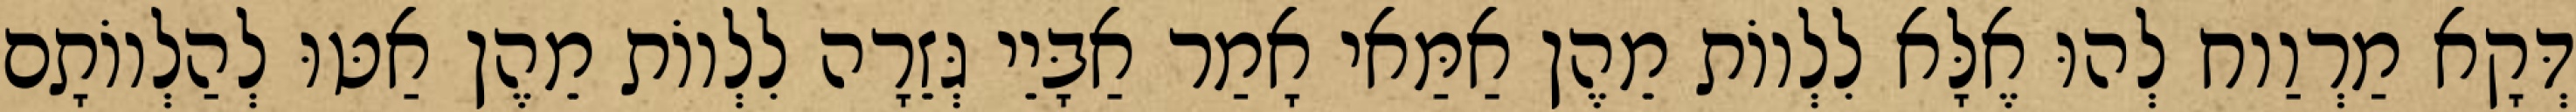
דְּקָא מַרְוַוח לְהוּ אֶלָּא לִלְווֹת מֵהֶן אַמַּאי אָמַר אַבָּיֵי גְּזֵרָה לִלְווֹת מֵהֶן אַטּוּ לְהַלְווֹתָם